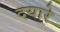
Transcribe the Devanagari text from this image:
दयारे